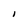
Character: I